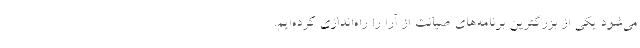
می‌شود یکی از بزرگترین برنامه‌های صیانت از آرا را راه‌اندازی کرده‌ایم.